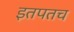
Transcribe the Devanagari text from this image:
इतपतच